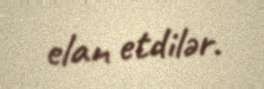
elan etdilər.